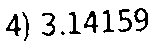
4) 3.14159